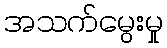
အသက်မွေးမှု